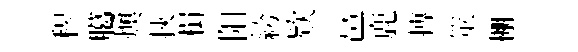
𥠇臈燠挾楫阳絝欵邕鹿搏筮棚